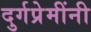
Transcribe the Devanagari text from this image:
दुर्गप्रेमींनी